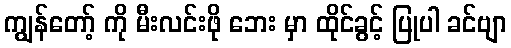
ကျွန်တော့် ကို မီးလင်းဖို ဘေး မှာ ထိုင်ခွင့် ပြုပါ ခင်ဗျာ